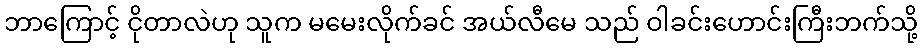
ဘာကြောင့် ငိုတာလဲဟု သူက မမေးလိုက်ခင် အယ်လီမေ သည် ဝါခင်းဟောင်းကြီးဘက်သို့